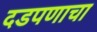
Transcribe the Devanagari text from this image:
दडपणाचा